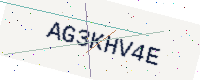
Text: AG3KHV4E